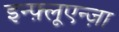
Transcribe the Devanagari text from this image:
इन्फ़्लूएन्ज़ा